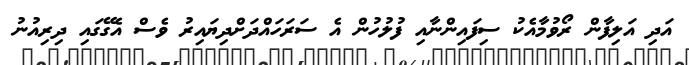
އަދި އަލިފާން ރޯވުމާއެކު ސިފައިންނާއި ފުލުހުން އެ ސަރަހައްދަށްދިޔައިރު ވެސް އެގޭގައި ދިރިއުނު